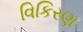
વિકિરણ